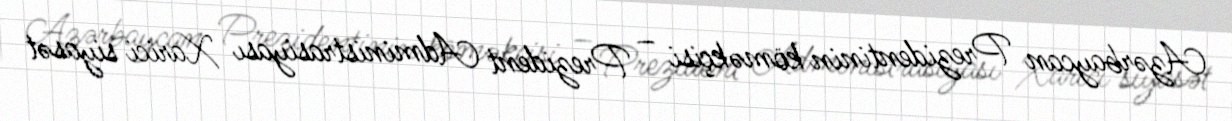
Azərbaycan Prezidentinin köməkçisi – Prezident Administrasiyası Xarici siyasət